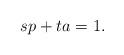
LaTeX: \begin{align*}sp+ta=1\text.\end{align*}